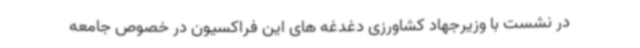
در نشست با وزیرجهاد کشاورزی دغدغه های این فراکسیون در خصوص جامعه